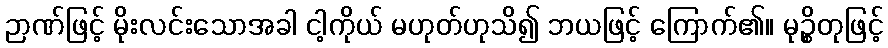
ဉာဏ်ဖြင့် မိုးလင်းသောအခါ ငါ့ကိုယ် မဟုတ်ဟုသိ၍ ဘယဖြင့် ကြောက်၏။ မုဉ္စိတုဖြင့်